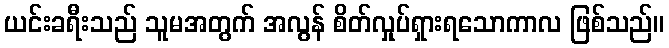
ယင်းခရီးသည် သူမအတွက် အလွန် စိတ်လှုပ်ရှားရသောကာလ ဖြစ်သည်။